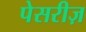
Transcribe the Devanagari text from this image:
पेसरीज़